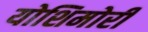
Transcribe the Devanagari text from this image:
योशिमोरी